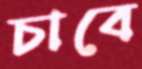
চাবে